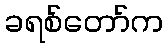
ခရစ်တော်က